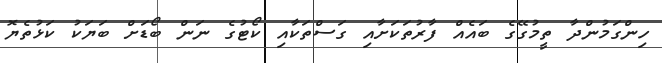
ހިންގަމުންދާ ތީމުގޭގެ ބައެއް ފާރުތަކަށާއި ގަސްތަކާއި ކޯޓުގެ ނަން ބޯޑަށް ބަޔަކު ކަޅުތެޔޮ